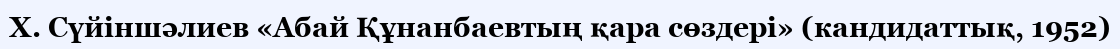
X. Сүйіншәлиев «Абай Құнанбаевтың қара сөздері» (кандидаттық, 1952)